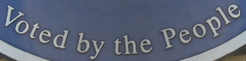
Voted by the People